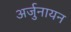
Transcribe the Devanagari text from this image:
अर्जुनायन